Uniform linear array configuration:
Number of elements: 64
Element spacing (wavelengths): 0.5
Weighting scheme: cosine
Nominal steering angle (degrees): -30
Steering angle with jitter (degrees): -28.923
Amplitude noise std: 0.05
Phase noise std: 0.05

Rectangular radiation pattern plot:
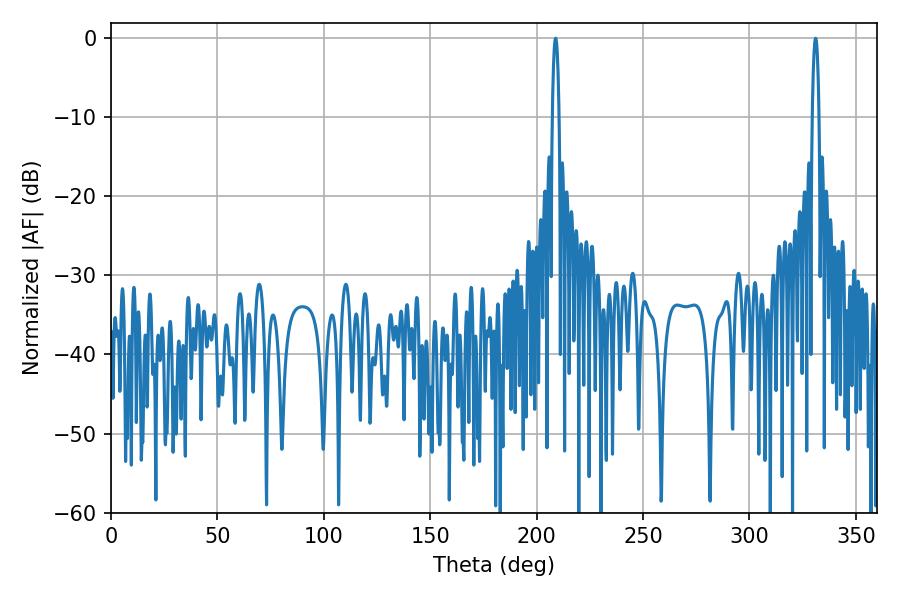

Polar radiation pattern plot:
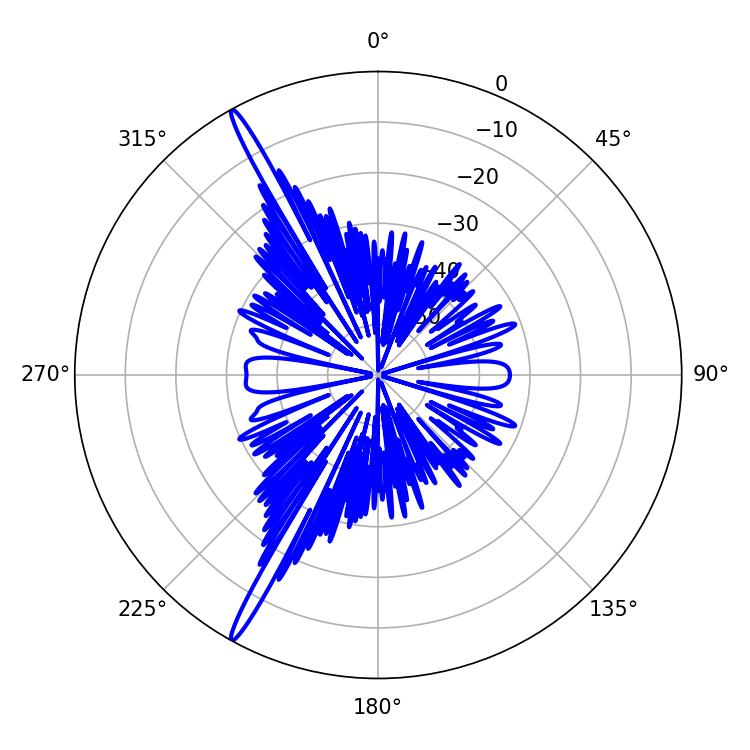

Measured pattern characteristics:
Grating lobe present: FALSE
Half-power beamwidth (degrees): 1.62
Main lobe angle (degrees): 331.02